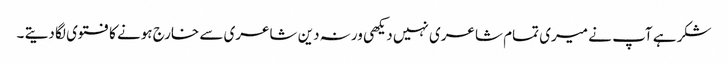
شکر ہے آپ نے میری تمام شاعری نہیں دیکھی ورنہ دین شاعری سے خارج ہونے کا فتوی لگا دیتے ۔